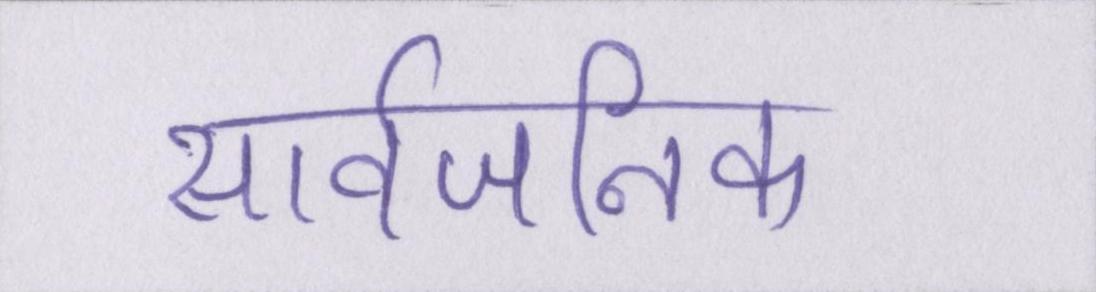
सार्वजनिक